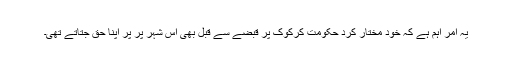
یہ امر اہم ہے کہ خود مختار کرد حکومت کرکوک پر قبضے سے قبل بھی اس شہر پر پر اپنا حق جتاتے تھی۔